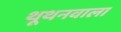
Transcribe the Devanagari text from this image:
थूथनवाला